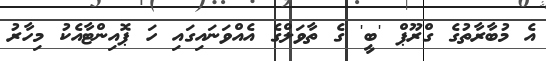
އެ މުބާރާތުގެ ގްރޫޕް 'ބީ' ގެ ތާވަލްގެ އެއްވަނައިގައި ހަ ޕޮއިންޓާއެކު މިހާރު